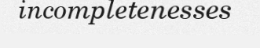
incompletenesses